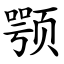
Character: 颚